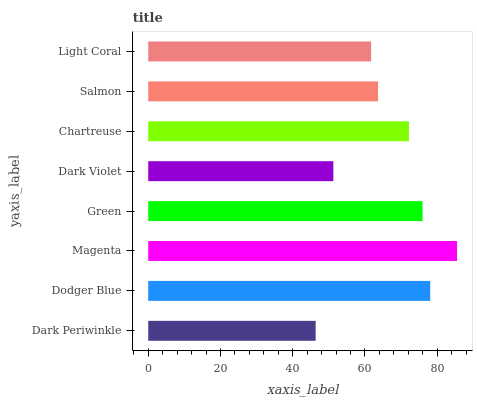
| yaxis_label | bars |
 | --- | --- |
 | Dark Periwinkle | 46.4 |
 | Dodger Blue | 78.1 |
 | Magenta | 85.5 |
 | Green | 76 |
 | Dark Violet | 51.3 |
 | Chartreuse | 72.2 |
 | Salmon | 63.6 |
 | Light Coral | 61.7 |